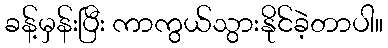
ခန့်မှန်းပြီး ကာကွယ်သွားနိုင်ခဲ့တာပါ။